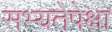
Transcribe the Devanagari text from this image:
सभ्यतेपेक्षा